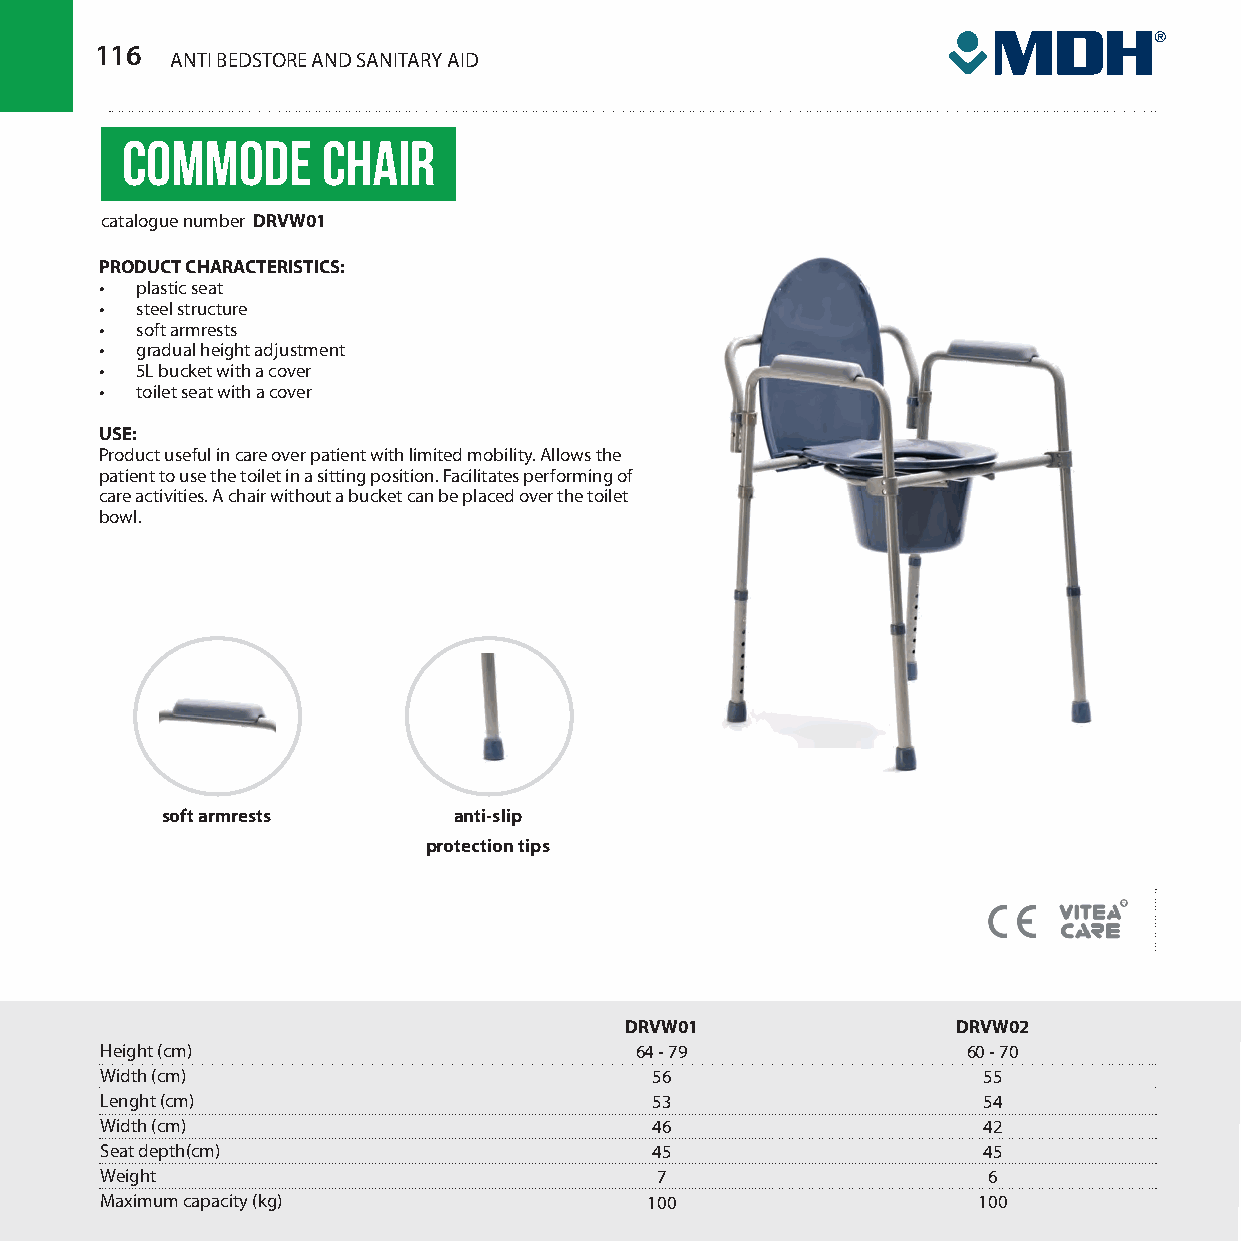
116
 ANTI BEDSTORE AND SANITARY AID
 COMMODE      CHAIR
 catalogue number DRVW01
 PRODUCT CHARACTERISTICS:
 • plastic seat
 • steel structure
 • soft armrests
 • gradual height adjustment
 • 5L bucket with a cover
 • toilet seat with a cover
 USE:
 Product useful in care over patient with limited mobility. Allows the
 patient to use the toilet in a sitting position. Facilitates performing of
 care activities. A chair without a bucket can be placed over the toilet
 bowl.
 soft armrests      anti-slip
 protection tips
 DRVW01                DRVW02
 Height (cm)                        64 - 79               60 - 70
 Width (cm)                          56                    55
 Lenght (cm)                         53                    54
 Width (cm)                          46                    42
 Seat depth(cm)                      45                    45
 Weight                              7                     6
 Maximum capacity (kg)               100                   100